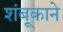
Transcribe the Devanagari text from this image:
शंबूकाने